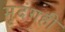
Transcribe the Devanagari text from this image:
मृदंगही